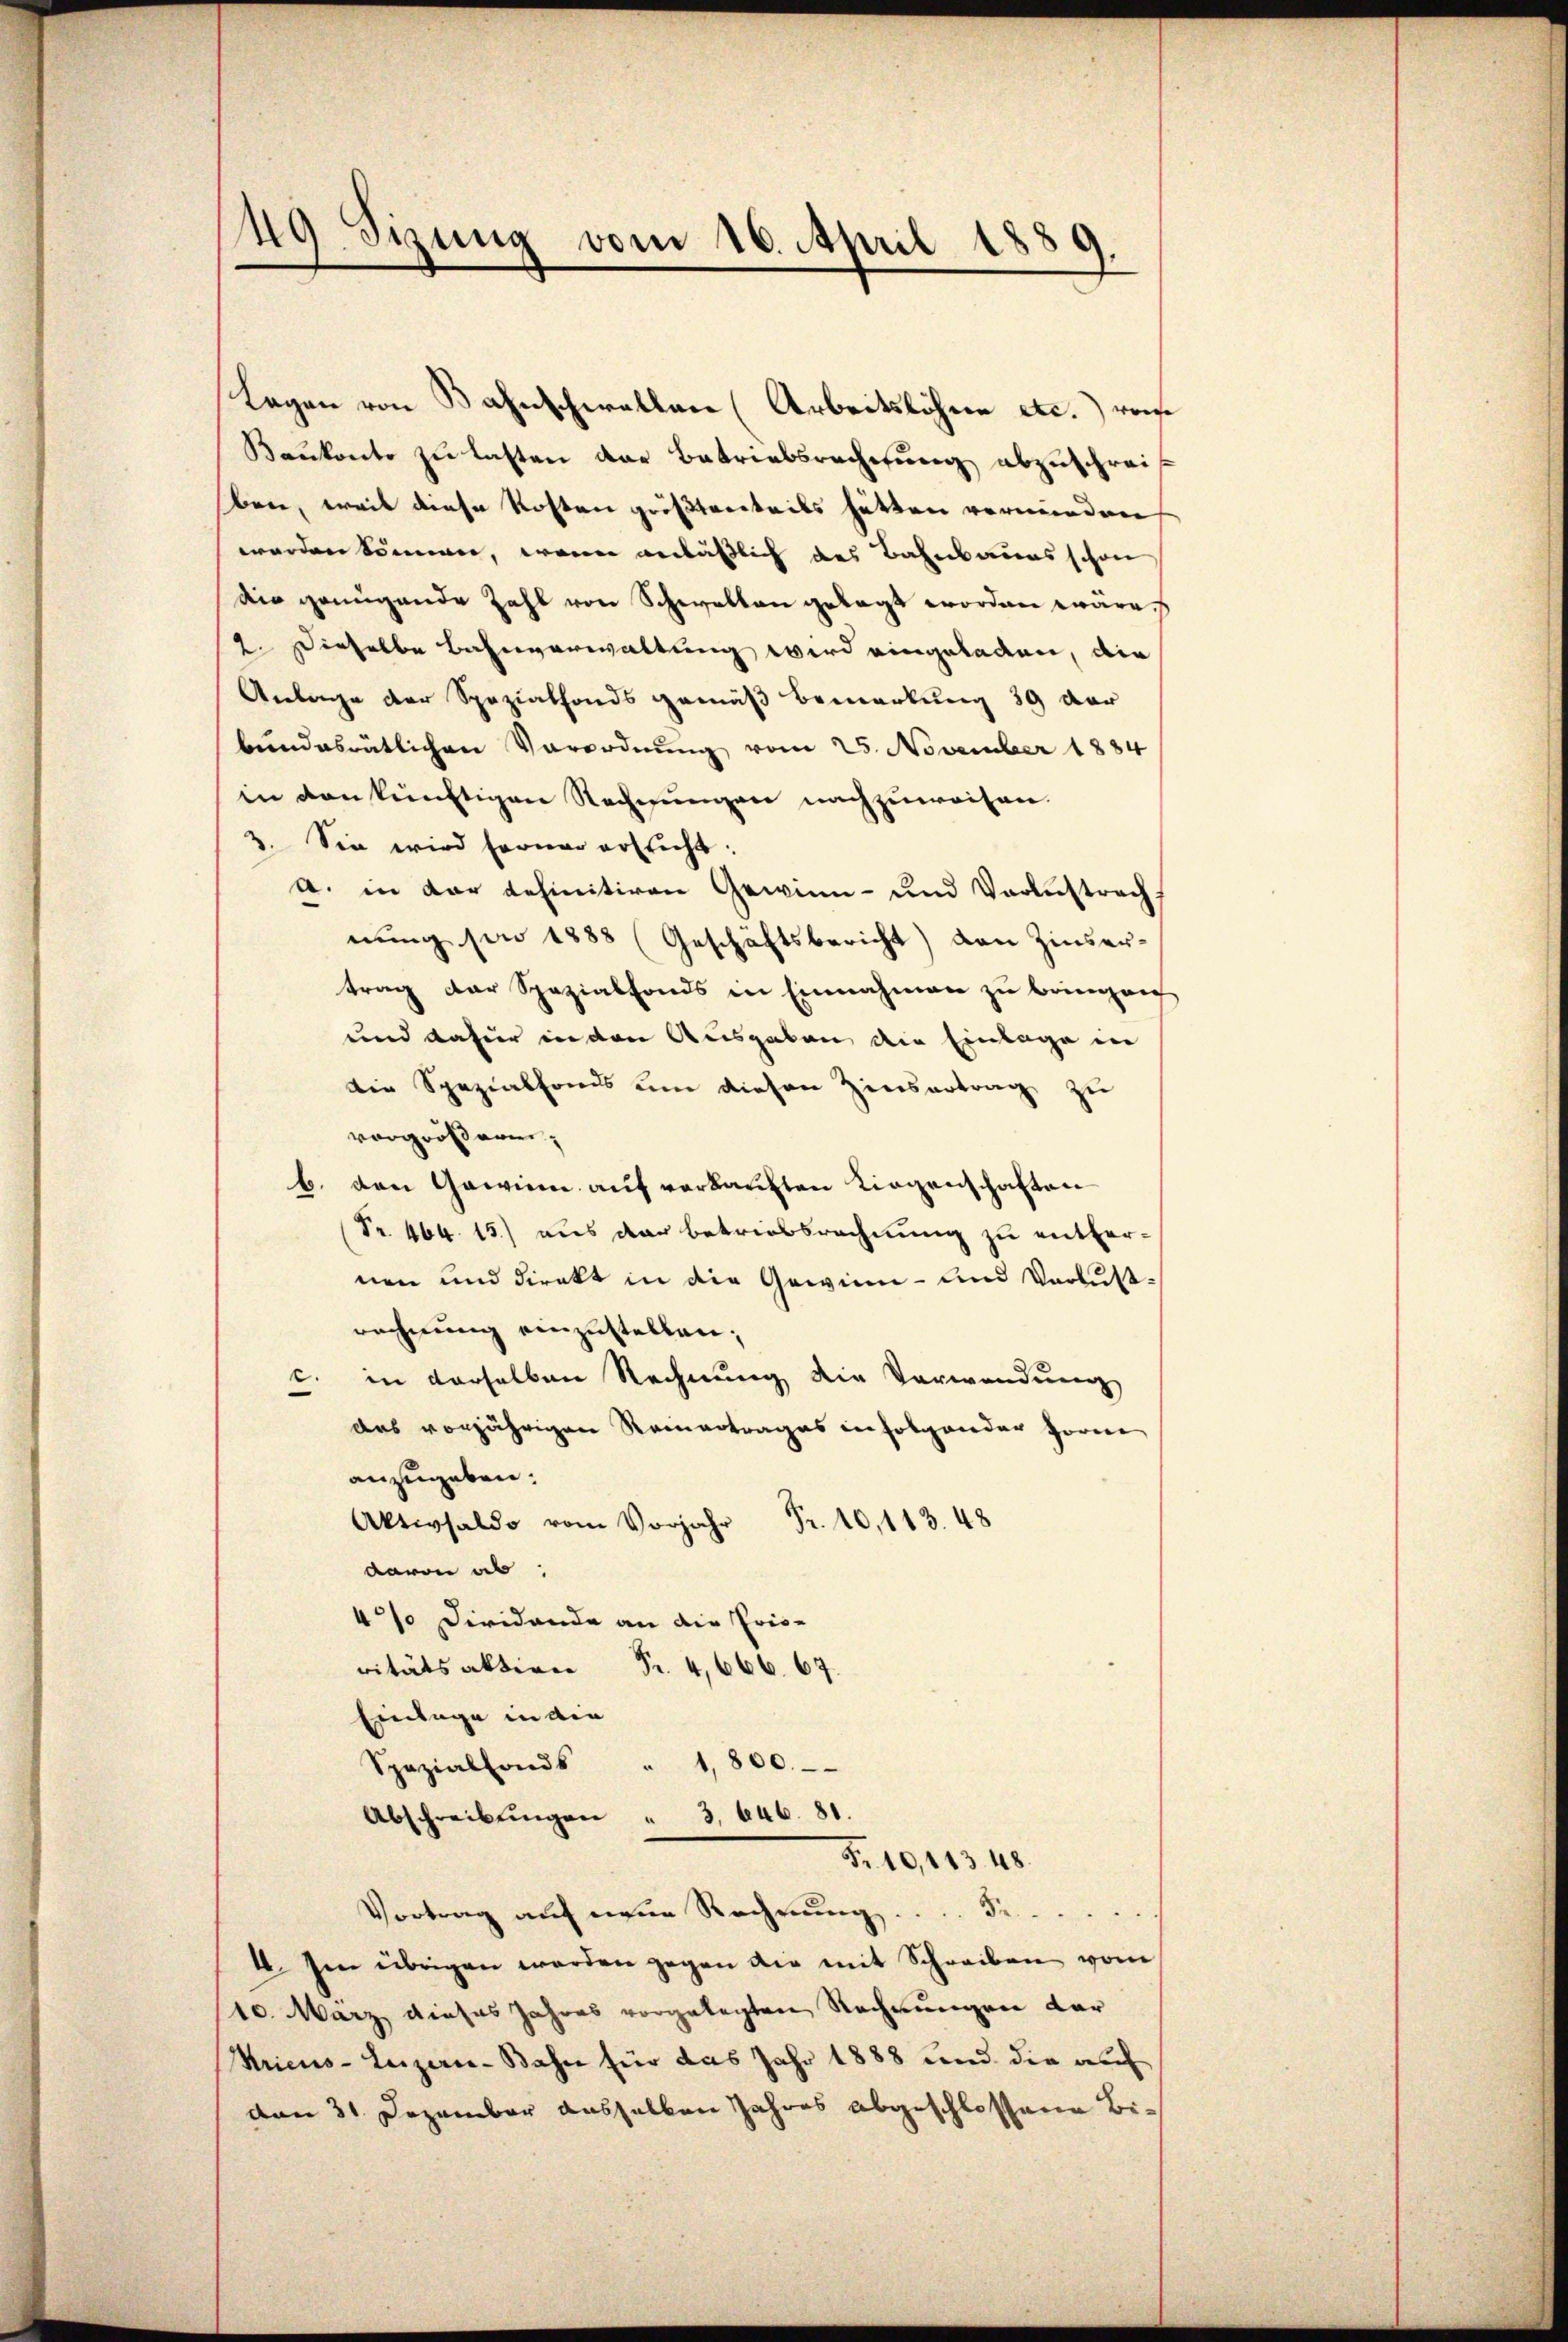
Legen von Bahnschwellen (Arbeitslöhne etc.) von
Baukonto zu lasten der Betriebsrechnung abzuschreiben, weil diese Kosten größtenteils hätten vermieden
werden können, wenn anläßlich des Bahnbaues schon
die genügende Zahl von Schwalten gesagt worden wäre.
2. Dieselbe Bahnverwaltung wird eingeladen, die
Anlage der Spezialfonds gemäß bemerkung 39 der
bundesrätlichen Vorordnung vom 25. November 1884
in von künftigen Rechnungen nachzuweisen.
3. Sie wird ferner ersticht.
a. in der definitiven Gewinn- und Verlustrach
nung son 1888 (Geschäftsbericht) den Zinsertrag der Spezialfonds in Einnahmen zu bringen
und dafür in den Ausgaben die Einlage in
die Spezialfonds um diesen Zinsertrag zu
vorgrößern,
b. den Gawinen auf verkauften Liegenschaften
(Nr. 464. 15) aus der betriebsrechnung zu entfernen und direkt in die Gewinn- und Verlust,
rechnung einzustellen;
c. in derselben Rechnung die Verwendung
das vorjährigen Reinertrages infolgender Horne
anzugeben.
Aktivsald
davon ab,
4% Dividanda an die Pris-
vitätsaktion Fr. 4,666. 67.
Einlage in die
" 1,800.
Spezialfonds
Abschreibŭngen " 3. 646. 81.
Fr. 10,143. 48.
Vortrag auf neue Rechnŭng de
4. Im übrigen werden gegen die mit Schreiben vom
10. März dieses Jahres vorgelegten Rechnungen dar
Kricus Luzerne-Bahn für das Jahr 1888 und die auch
den 31. Dezember dasselben Jahres abgeschlossene Bi¬

49 Sizung vom 16. April 1889
.